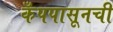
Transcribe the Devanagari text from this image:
कँपपासूनची